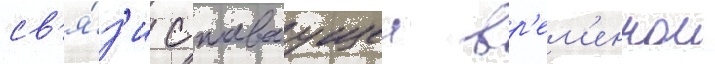
св'я́з'и с плаваущеи вр'ем'еннои